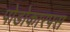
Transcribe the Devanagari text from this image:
पोडोकारपस